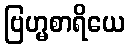
ဗြဟ္မစာရိယေ